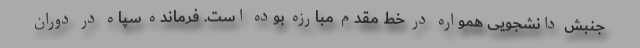
جنبش دانشجویی همواره در خط مقدم مبارزه بوده است. فرمانده سپاه در دوران